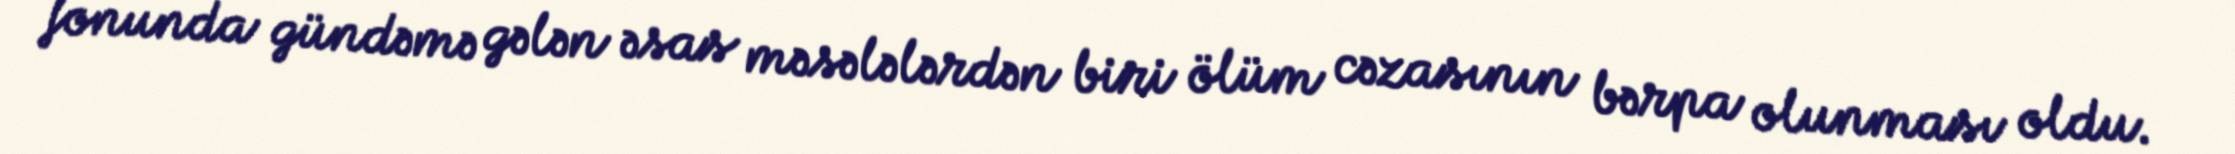
fonunda gündəmə gələn əsas məsələlərdən biri ölüm cəzasının bərpa olunması oldu.